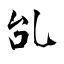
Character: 乨